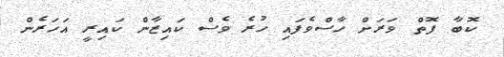
ކޮބާ ފޮތް ވަރަށް ހާސްވެފައި ހުރެ ވެސް ކައިޒާން ކައިރީ އަހަރެން